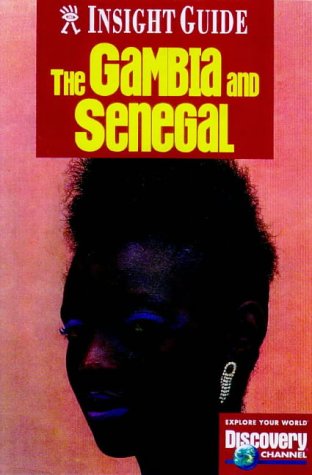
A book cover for Gambia and Senegal Insight Guide (Insight Guides); Travel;